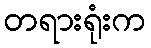
တရားရုံးက